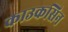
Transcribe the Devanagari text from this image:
काउकसिन